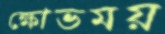
ক্ষোভময়